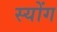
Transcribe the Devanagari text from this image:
स्योंग